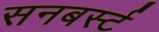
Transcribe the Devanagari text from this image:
सनबर्स्ट